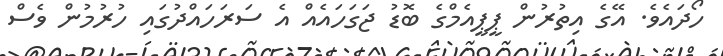
ހޯދައެވެ. އޭގެ އިތުރުން ޕީޕީއެމްގެ ބޮޑު ޖަގަހައެއް އެ ސަރަހައްދުގައި ހުރުމުން ވެސް